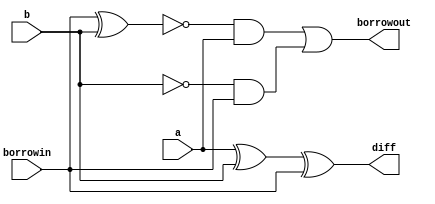
module full_subtractor_bm(
input a,b,borrowin,
output reg diff,borrowout
    );
    always@(*);
    initial begin
    diff = a^b^borrowin;
    borrowout = (~(borrowin^b)&a) | ~b&borrowin;
    end
endmodule